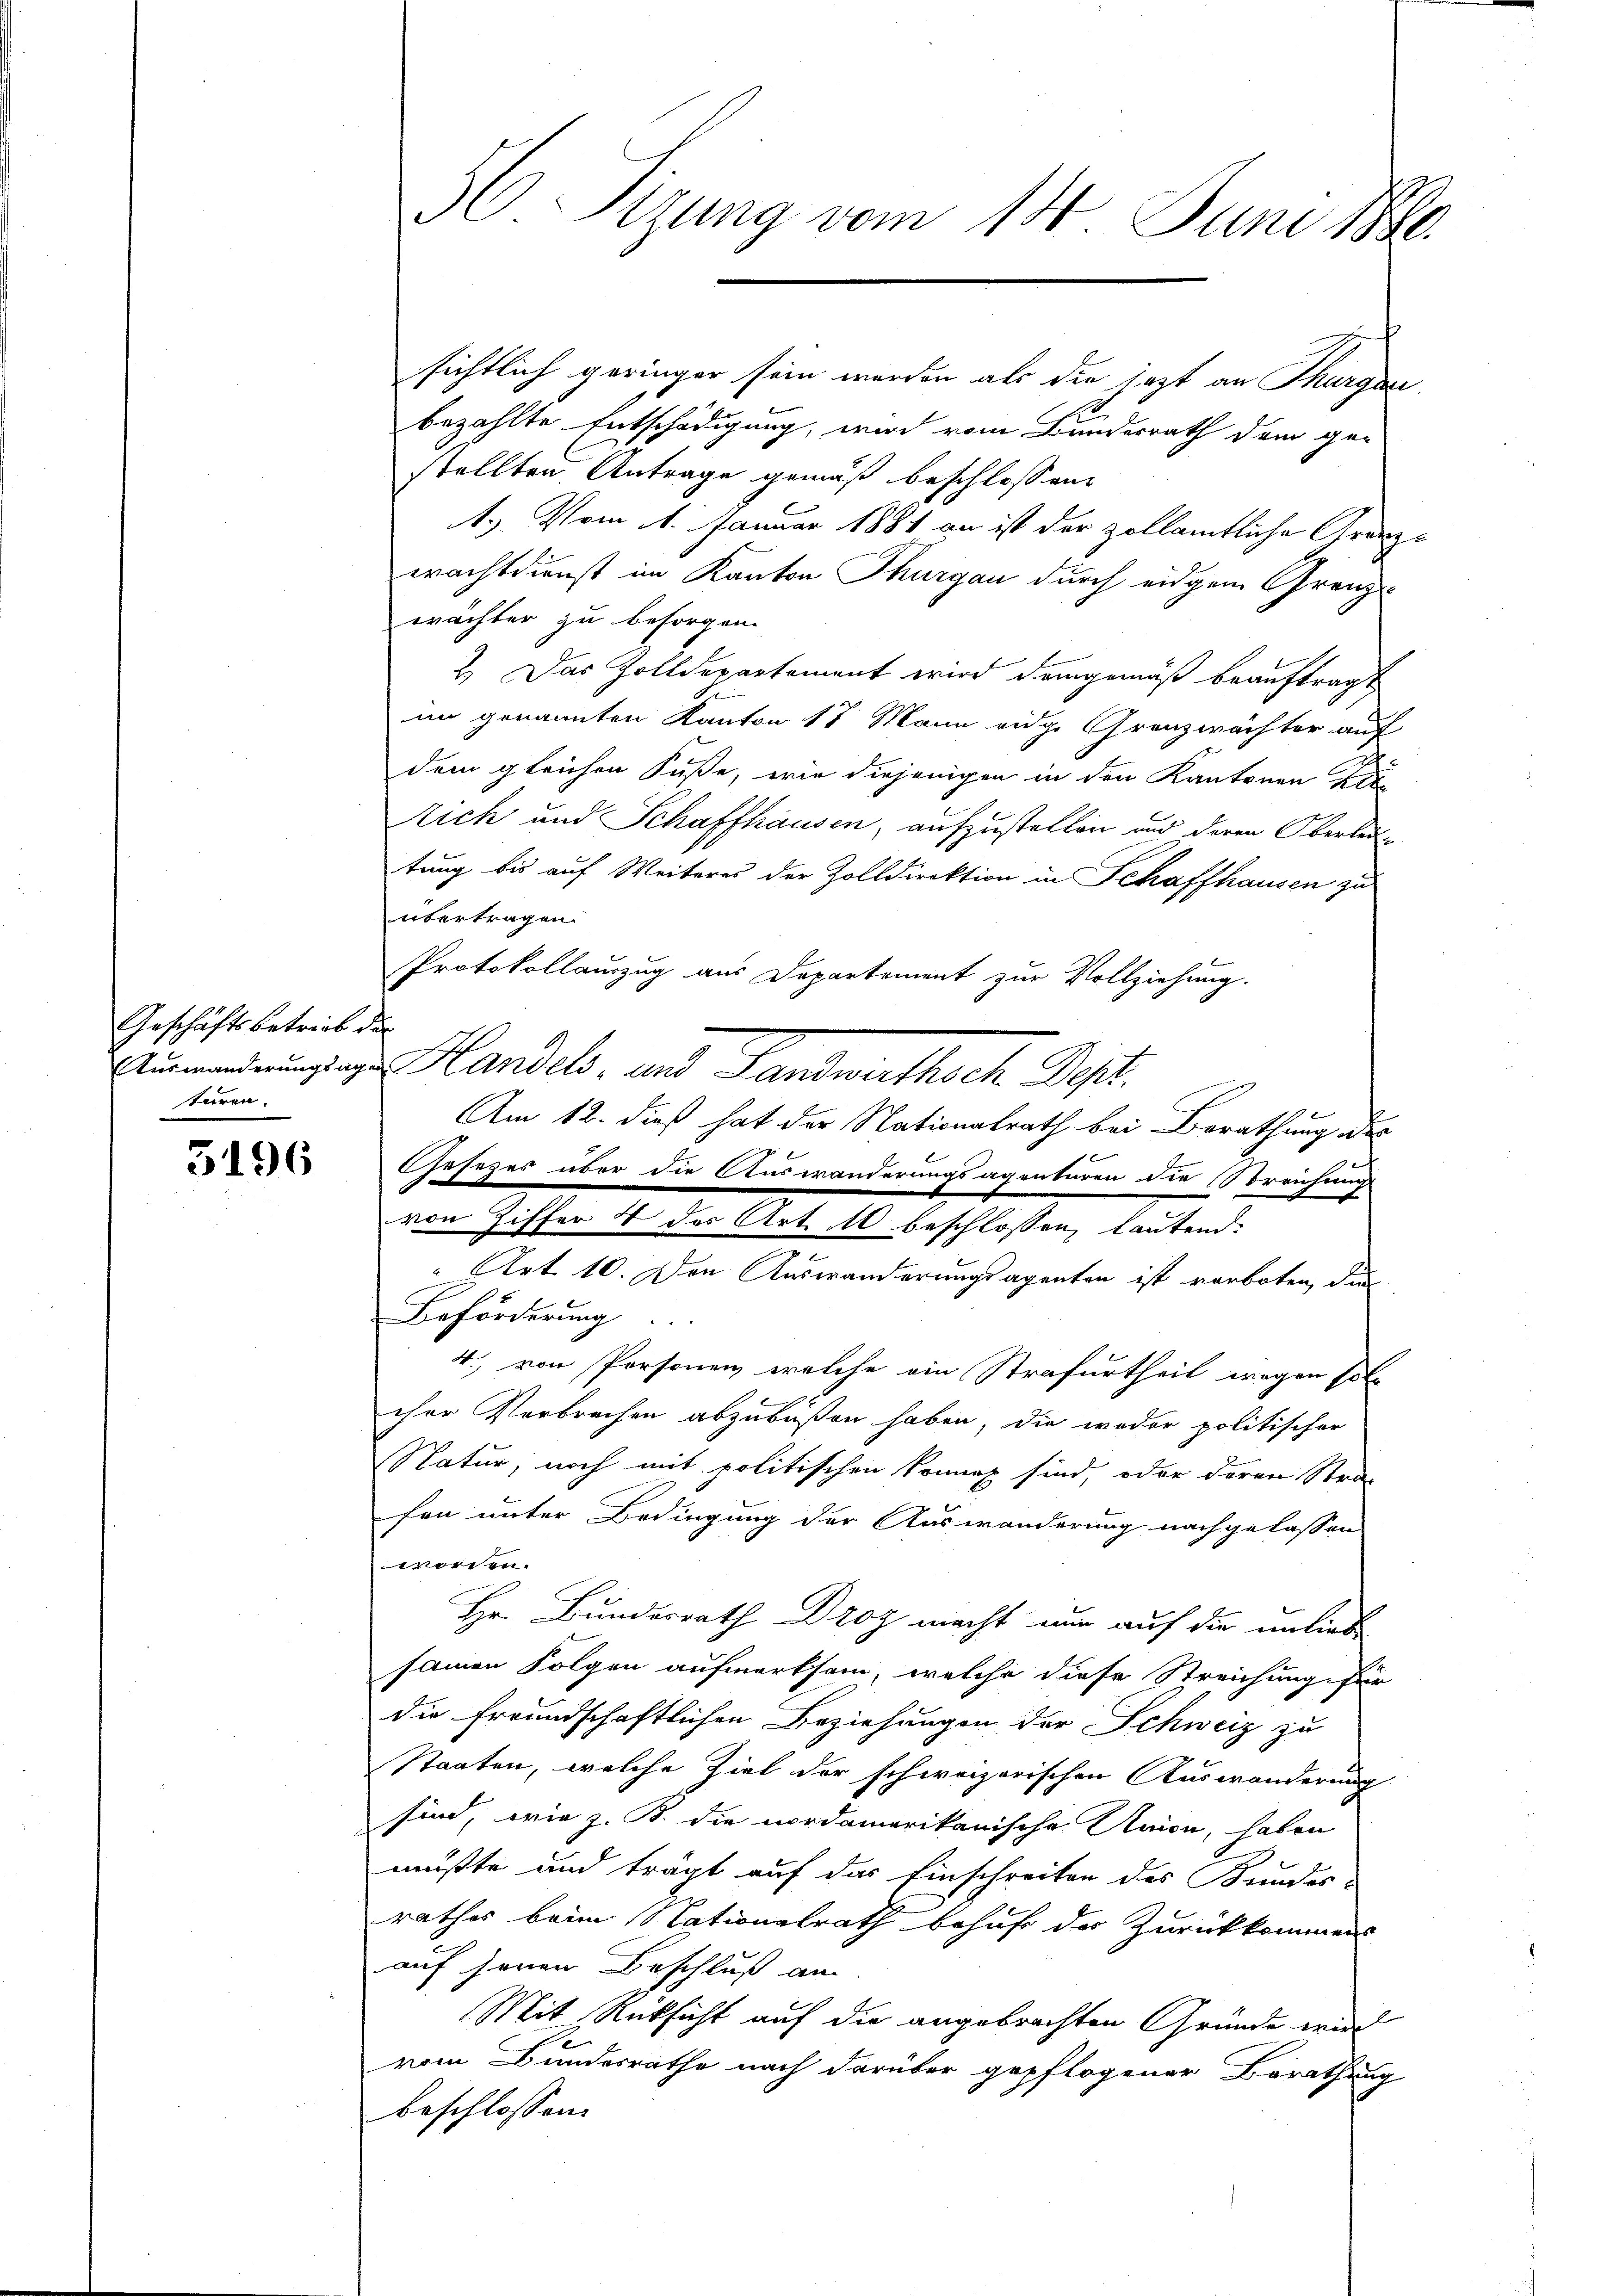
Geschäftsbetrieb der
turen.

5196

sichtlich geringer sein werden als die jezt an Thurgau
bezahlte Entschädigung, wird vom Bundesrath dem ge-
stellten Antrage gemäß beschlossen
1.) Vom 1. Januar 1881 an ist der zollamtliche Granz-
erachtdienst im Kanton Thurgau durch eidgem Grenze
wächter zu besorgen.
2. Das Zolldepartement wird demgemäß beauftragt
im genannten Kanton 17 Mann eidg. Granzwächter auf
dem gleichen Füße, wie diejenigen in den Kantonen
Aich und Schaffhausen, aufzustellen und deren Oberledi
tung bis auf Weiteres der Zolldirektion in Schaffhausen zu
übertragen.
Protokollauszug aus Departement zur Vollziehung.
Anwendungen Handels- und Landwirthsche Sept.
Am 12. dieß hat der Nationalrath bei Berathung des
Gesezes über die Auswanderungsagenturen die reichung
Art. 10. Den Auswanderungsagenten ist verboten, die
Beförderung
4., von Personen welche ein Strafurtheil wegen soll
cher Verbrechen abzubüßen haben, die weder politischer
Natur, noch mit politischen konnet sind, oder deren Stra¬
5
fen unter Bedingung der Auswanderung nachgelassen
worden.
Hr. Bundesrath Droz macht nun auf die unliebe
samen Folgen aufmerksam, welche diese Streichung für
die freundschaftlichen Beziehungen der Schweiz zu
Staaten, welche Ziel der schweizerischen Auswanderung
sind, wie z. B. die nordamerikanische Union, haben
mußte und trägt auf das Einschreiben des Bundes-
rathes beim Nationalrath behuf der Zurückkommens
auf jenen Beschluß an
Mit Rüksicht auf die angebrachten Gründe wird
vom Bundesrathe nach darüber gepflogener Berathung
beschlossen:

56 Sizung vom 14. Juni 1886.

von Ziffer 4 des Art. 10 beschlossen, lautend.